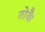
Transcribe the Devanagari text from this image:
तोकै